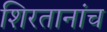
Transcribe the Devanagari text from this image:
शिरतानांच